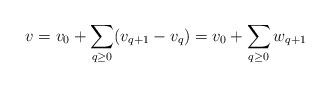
LaTeX: \begin{align*}v = v_0 + \sum_{q\geq 0} (v_{q+1} - v_q) = v_0 + \sum_{q\geq 0} w_{q+1}\end{align*}